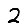
Digit: 2